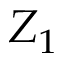
Z _ { 1 }